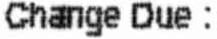
CHANGE DUE :